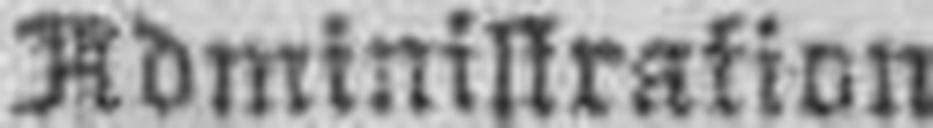
Administration